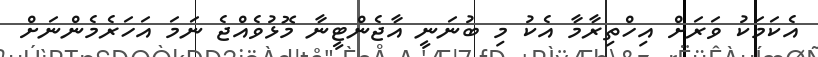
އެކަމަކު ވަރަށް އިހްތިރާމާ އެކު މި ބުނަނީ އާޖެންޓީނާ މޮޅުވެއްޖެ ނަމަ އަހަރެމެންނަށް